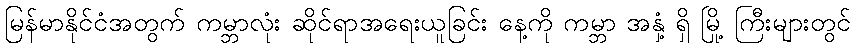
မြန်မာနိုင်ငံအတွက် ကမ္ဘာလုံး ဆိုင်ရာအရေးယူခြင်း နေ့ကို ကမ္ဘာ အနှံ့ ရှိ မြို့ ကြီးများတွင်